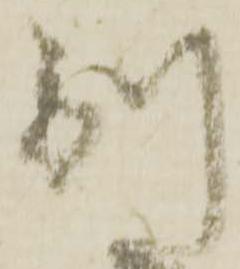
別